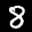
Label: 8